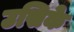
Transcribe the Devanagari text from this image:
उसिके